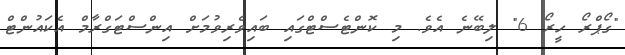
"ގޯޕްރޯ ހީރޯ 6" ލިބޭނެ އެވެ. މި ކޮންޓެސްޓްގައި ބައިވެރިވުމަށް އިންސްޓަގްރާމް އެކައުންޓް